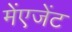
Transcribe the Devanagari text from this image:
मेंएजेंट